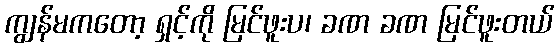
ကျွန်မကတော့ ရှင့်ကို မြင်ဖူးပ၊ ခဏ ခဏ မြင်ဖူးတယ်